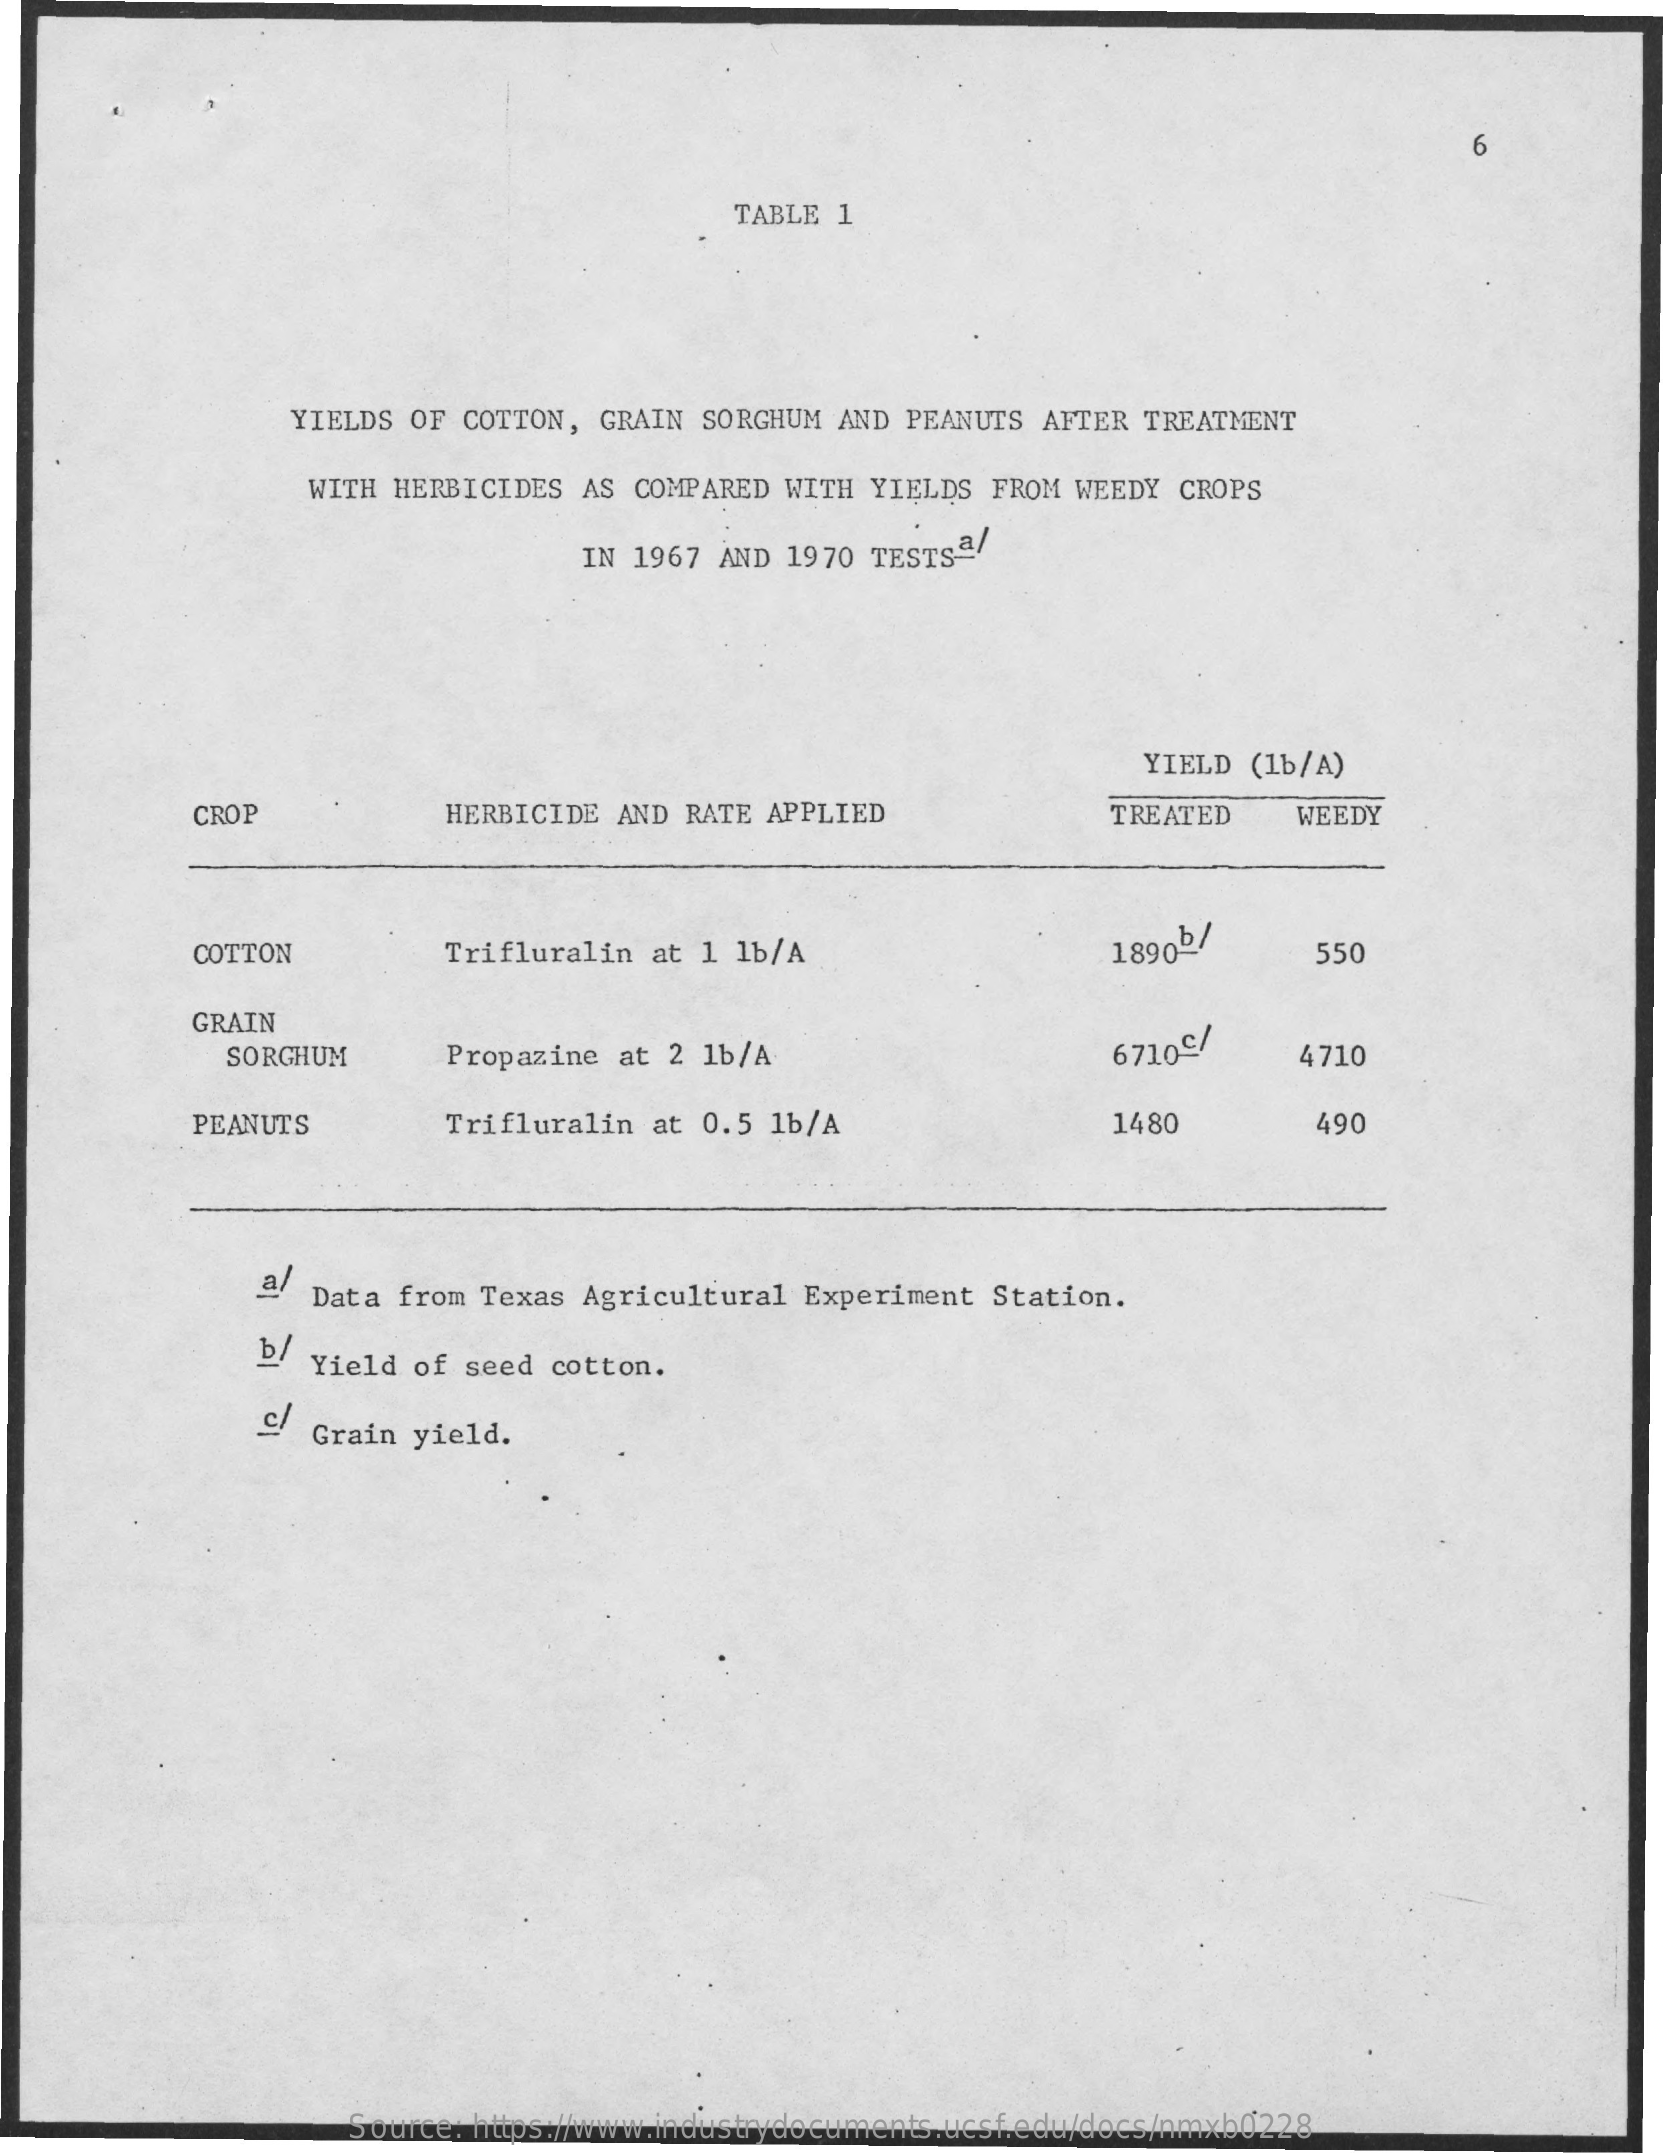
6
     TABLE 1
     YIELDS OF COTTON,  GRAIN SORGHUM AND  PEANUTS AFTER TREATMENT
     WITH HERBICIDES  AS COMPARED WITH YIELDS  FROM WEEDY CROPS
     IN 1967 AND 1970  TESTSª
     YIELD (1b/A)
     CROP    HERBICIDE  AND RATE APPLIED    TREATED    WEEDY
     COTTON    Trifluralin at 1 1b/A    1890b/    550
     GRAIN
     SORGHUM    Propazine at 2 1b/A    67109/    4710
     PEANUTS    Trifluralin at 0.5 1b/A    1480    490
     a/  Data from Texas Agricultural Experiment  Station.
     b/ Yield of  seed cotton.
     C/ Grain yield.
     Source: https://www.industrydocuments.ucsf.edu/docs/nmxb0228